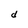
Character: d